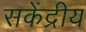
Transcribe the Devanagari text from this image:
सकेंद्रीय